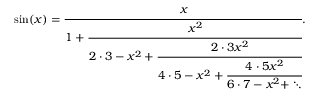
\sin ( x ) = { \cfrac { x } { 1 + { \cfrac { x ^ { 2 } } { 2 \cdot 3 - x ^ { 2 } + { \cfrac { 2 \cdot 3 x ^ { 2 } } { 4 \cdot 5 - x ^ { 2 } + { \cfrac { 4 \cdot 5 x ^ { 2 } } { 6 \cdot 7 - x ^ { 2 } + \ddots } } } } } } } } .